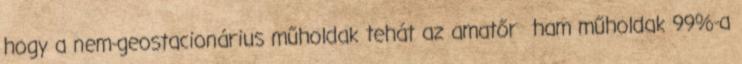
hogy a nem-geostacionárius műholdak tehát az amatőr ham műholdak 99%-a